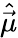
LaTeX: \hat{\vec{\mu}}